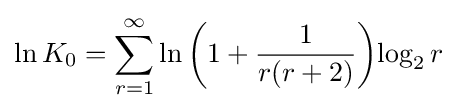
\ln K_{0}=\sum _{r=1}^{\infty }\ln {\left(1+{1 \over r(r+2)}\right)}{\log _{2}r}